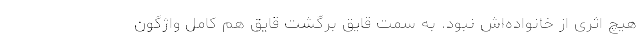
هیچ اثری از خانواده‌اش نبود. به سمت قایق برگشت قایق هم کامل واژگون